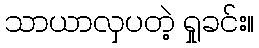
သာယာလှပတဲ့ ရှုခင်း။